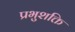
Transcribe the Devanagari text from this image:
प्रभुशक्ति